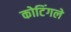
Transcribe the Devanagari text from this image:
कोटिंगले